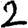
Digit: 2